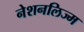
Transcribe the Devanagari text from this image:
नेशनलिज्म